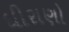
ધીરાણો